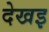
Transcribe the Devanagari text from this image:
देखइ